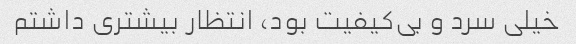
خیلی سرد و بی‌کیفیت بود، انتظار بیشتری داشتم